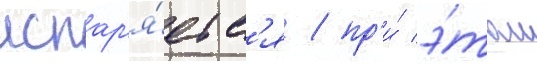
испар'я́етс'я / пр'и́ э́том